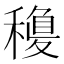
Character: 𥡽